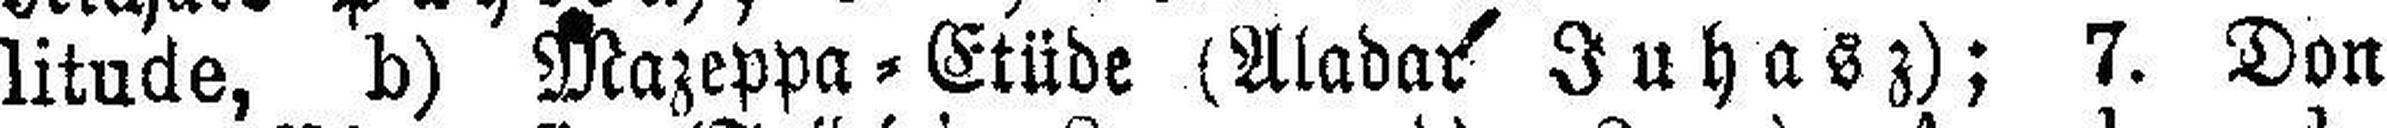
litude, b) Mazeppa = Etüde (Aladar Juhasz); 7. Don